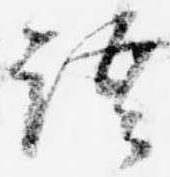
語